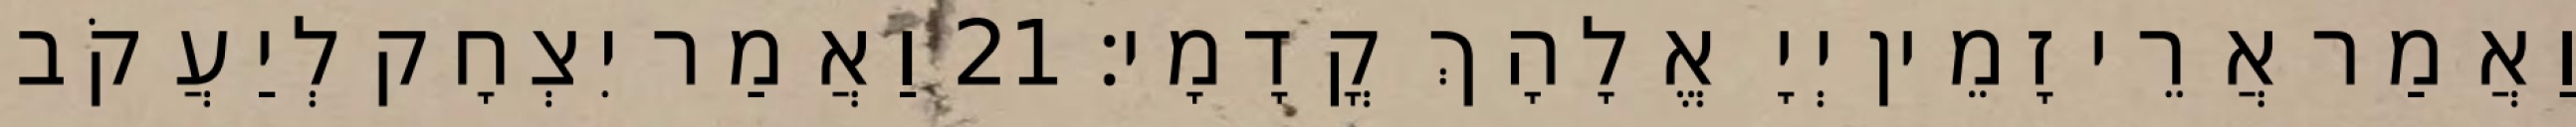
וַאֲמַר אֲרֵי זָמֵין יְיָ אֱלָהָךְ קֳדָמָי׃ 21 וַאֲמַר יִצְחָק לְיַעֲקֹב